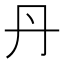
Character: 丹